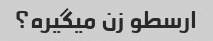
ارسطو زن میگیره؟